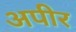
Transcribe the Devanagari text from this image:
अपीर